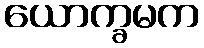
ယောက္ခမက